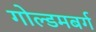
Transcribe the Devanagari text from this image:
गोल्डमबर्ग